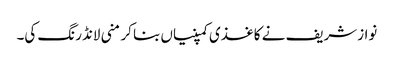
نوازشریف نے کاغذی کمپنیاں بنا کر منی لانڈرنگ کی۔